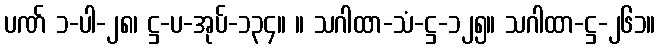
ပဏ် ၁-ပါ-၂၈၊ ဋ္ဌ-ပ-အုပ်-၁၃၄။ ။ သဂါထာ-သံ-ဋ္ဌ-၁၂၅။ သဂါထာ-ဋ္ဌ-၂၆၁။